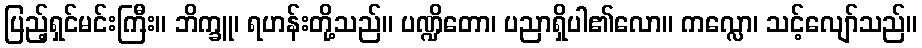
ပြည့်ရှင်မင်းကြီး။ ဘိက္ခူ၊ ရဟန်းတို့သည်။ ပဏ္ဍိတော၊ ပညာရှိပါ၏လော။ ကလ္လော၊ သင့်လျော်သည်။